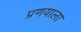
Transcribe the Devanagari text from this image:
प्रणयाला